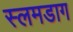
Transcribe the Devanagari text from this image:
स्लमडाग